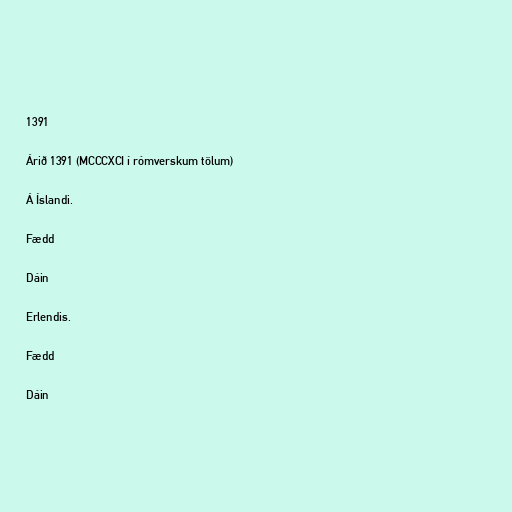
1391

Árið 1391 (MCCCXCI í rómverskum tölum)

Á Íslandi.

Fædd

Dáin

Erlendis.

Fædd

Dáin